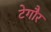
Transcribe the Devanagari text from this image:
टेगौर